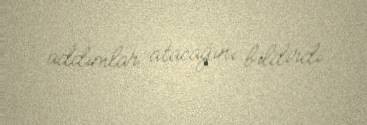
addımlar atacağını bildirdi.